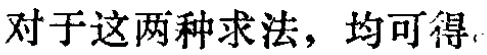
对于这两种求法，均可得.